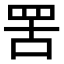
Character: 罟